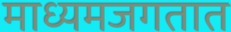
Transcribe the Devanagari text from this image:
माध्यमजगतात